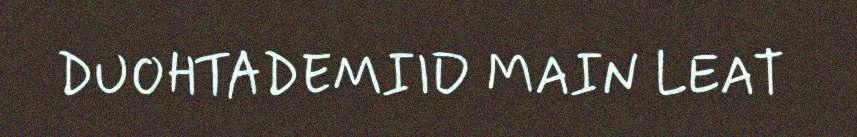
DUOHTADEMIID MAIN LEAT